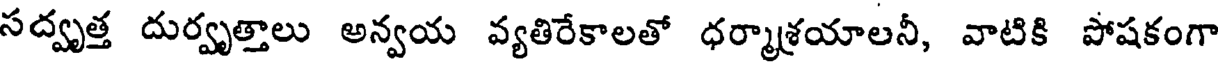
సద్వృత్త దుర్వృత్తాలు అన్వయ వ్యతిరేకాలతో ధర్మాశయాలనీ, వాటికి పోషకంగా